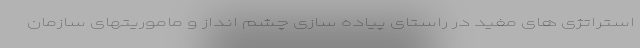
استراتژی های مفید در راستای پیاده سازی چشم انداز و ماموریتهای سازمان